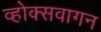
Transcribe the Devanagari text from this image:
व्होक्सवागन